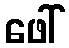
ဖေါ်